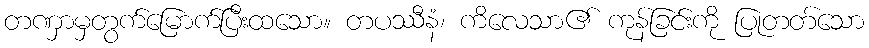
တဏှာမှတွက်မြောက်ပြီးထသော။ တပဿီနံ၊ ကိလေသာ၏ ကုန်ခြင်းကို ပြုတတ်သော